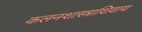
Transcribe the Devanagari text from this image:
कलनशास्त्राशिवाय